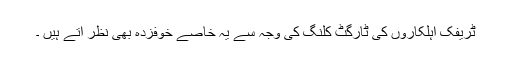
ٹریفک اہلکاروں کی ٹارگٹ کلنگ کی وجہ سے یہ خاصے خوفزدہ بھی نظر آتے ہیں ۔